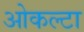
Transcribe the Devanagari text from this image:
ओकल्टा